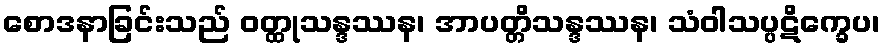
စောဒနာခြင်းသည် ဝတ္ထုသန္ဒဿန၊ အာပတ္တိသန္ဒဿန၊ သံဝါသပ္ပဋိက္ခေပ၊